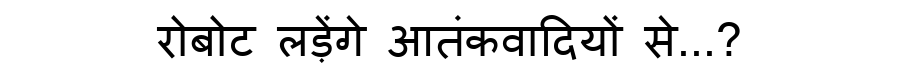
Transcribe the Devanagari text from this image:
रोबोट लड़ेंगे आतंकवादियों से...?